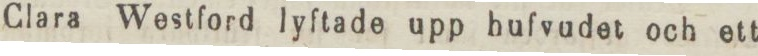
Clara Westford lyftade upp hufvudet och ett